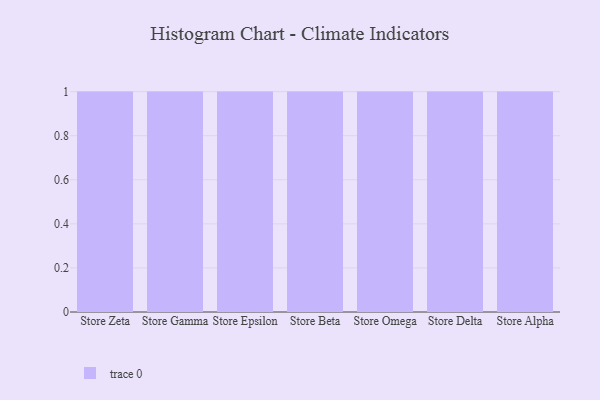
{"axis": {"x": "Store", "y": "Budget (USD K)"}, "legend": [""], "data": [{"x": "Store Zeta", "y": 14, "type": ""}, {"x": "Store Gamma", "y": 65, "type": ""}, {"x": "Store Epsilon", "y": 1, "type": ""}, {"x": "Store Beta", "y": 95, "type": ""}, {"x": "Store Omega", "y": 23, "type": ""}, {"x": "Store Delta", "y": 16, "type": ""}, {"x": "Store Alpha", "y": 32, "type": ""}]}